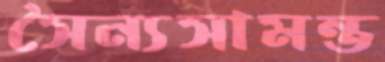
সৈন্যসামন্ত